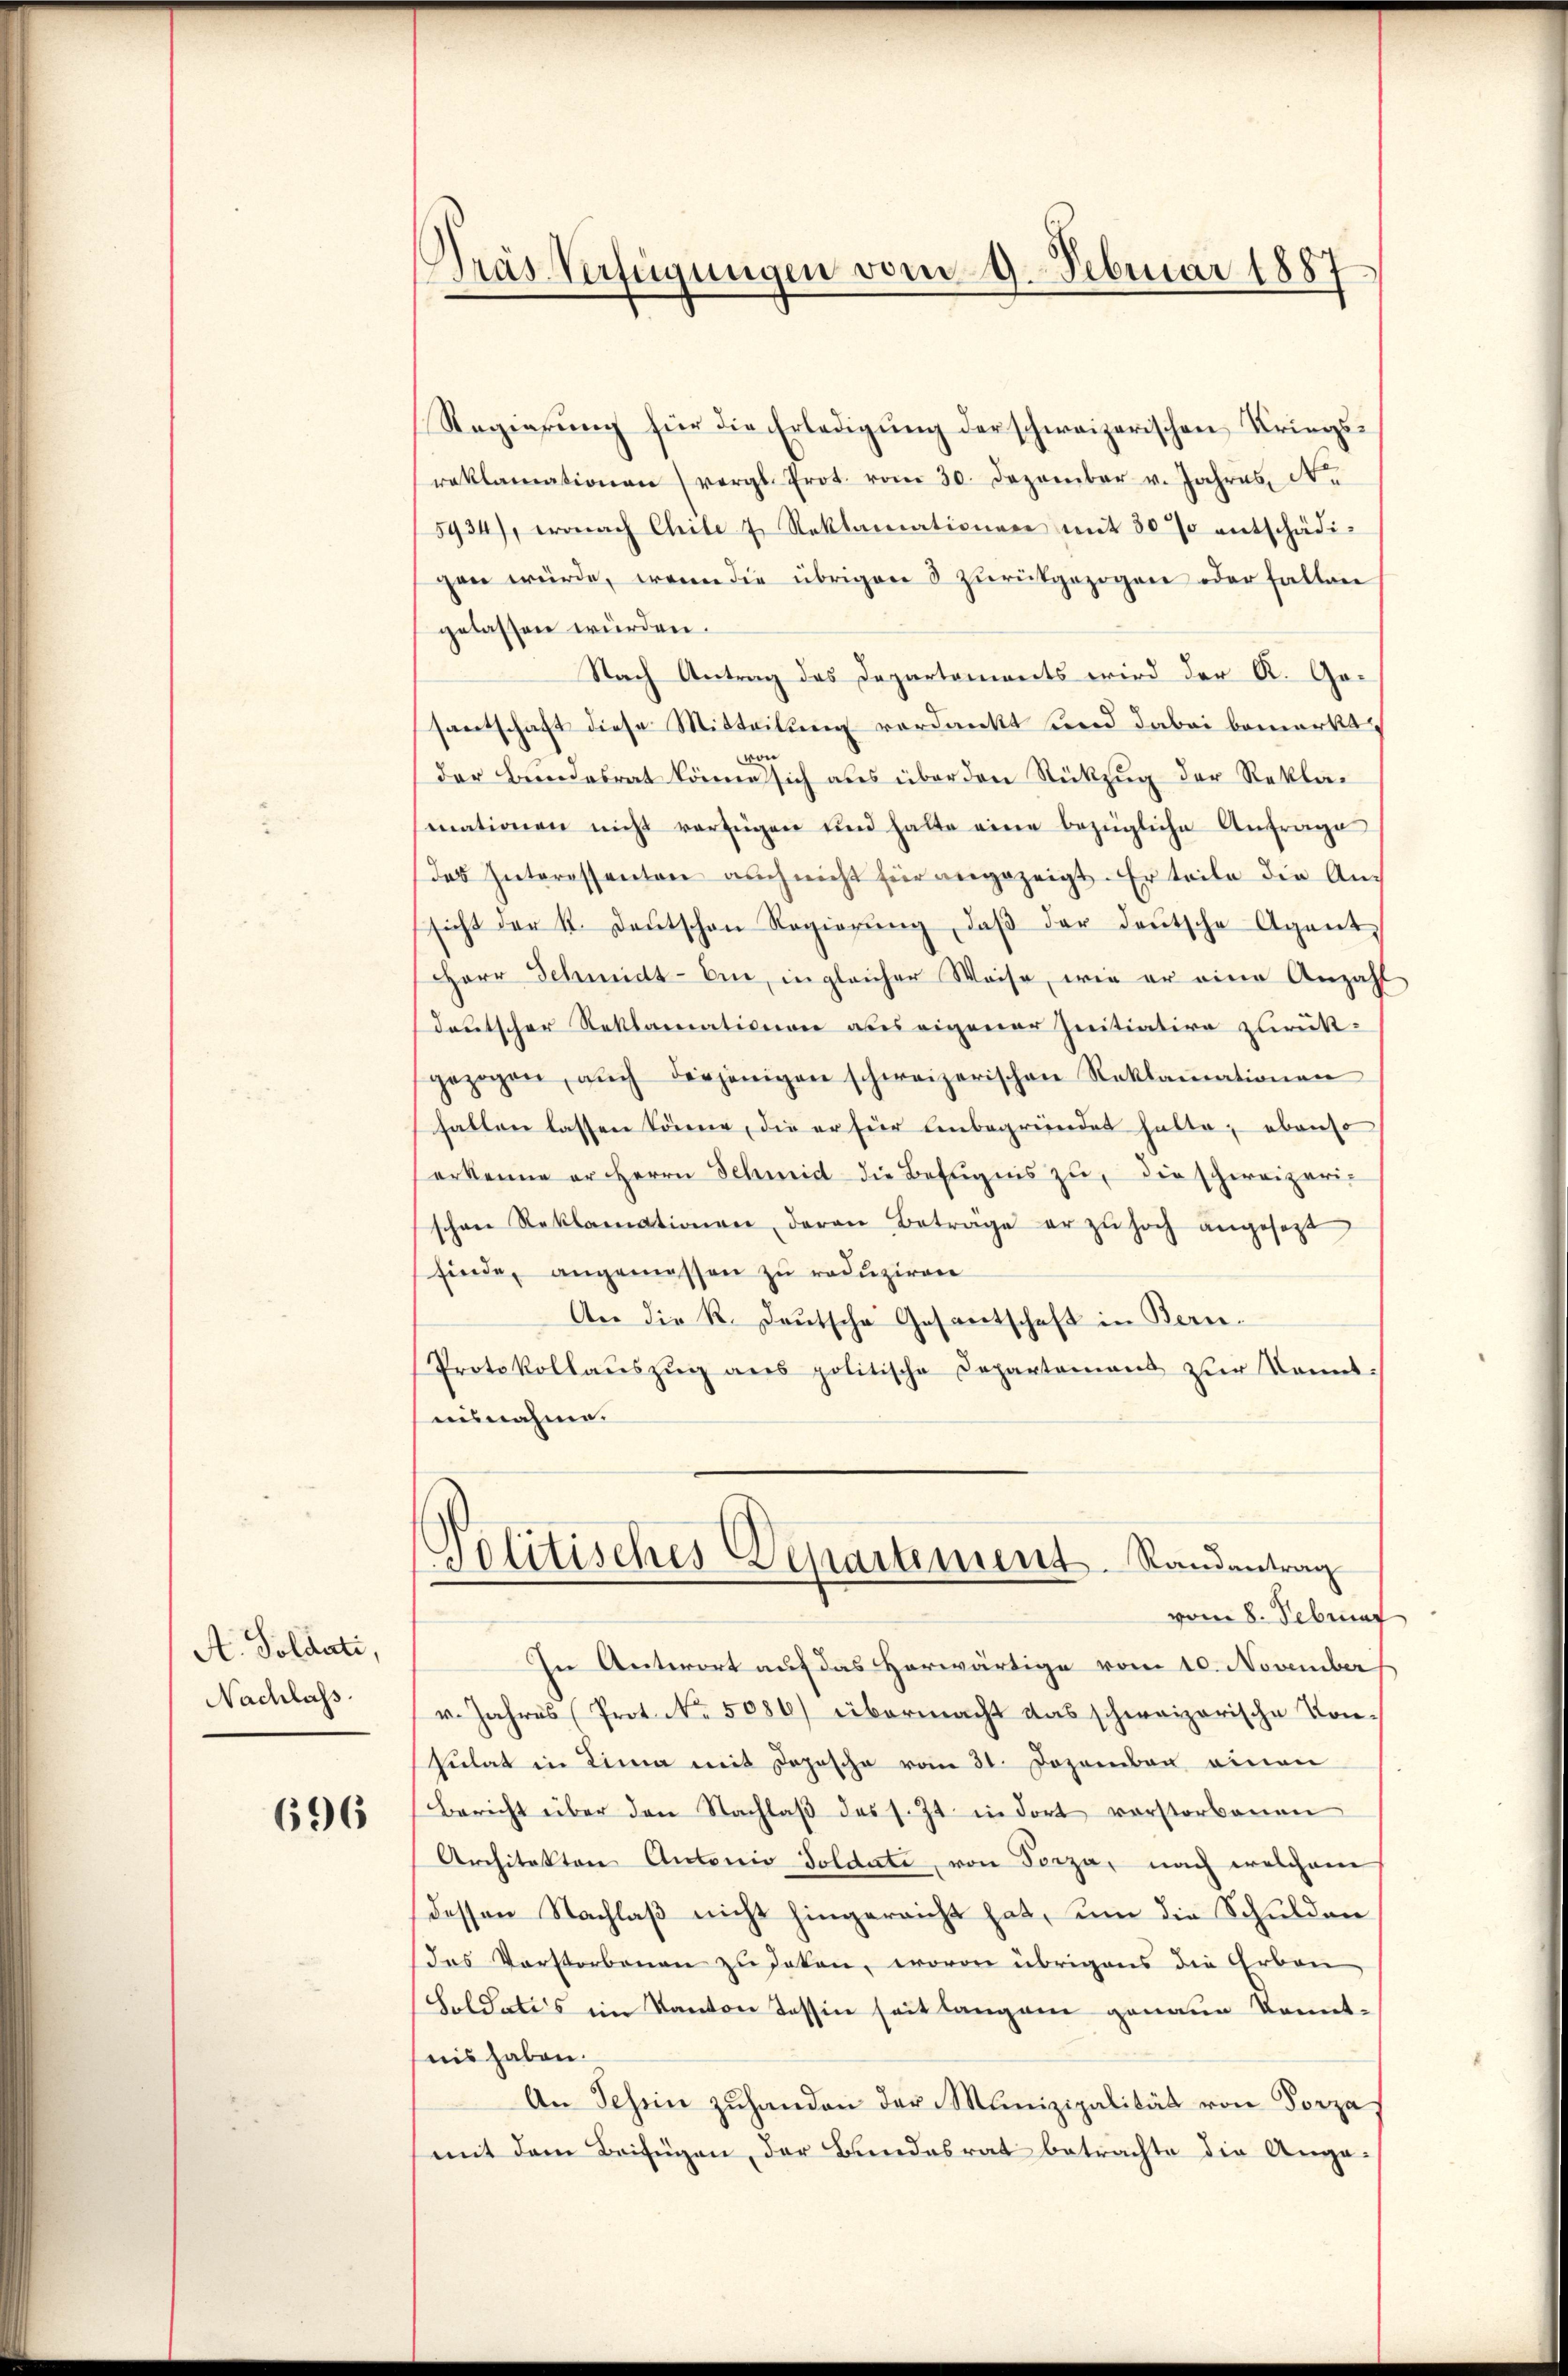
A. Soldati,
Nachlass.

696

Pras Verfügungen vom 9. Februar 1887

Regierŭng für die Erledigŭng der schweizerischen Kriegsreklamationen (vergl. Prot. vom 30. Dezember v. Jahres N.
5934), wonach Chilet Reklamationen mit 30 % entschädi-
gen würde, wenn die übrigen 5 zŭrückgezogen oder fallen
gelassen würden.
Nach Antrag des Departements wird der A. Gesantschaft diese Mitteilung verdankt sind dabei bemerkt
d
der Bundesrat könne sich aus über den Rückzug der Reklamationen nicht verfügen und halte eine bezügliche Anfrage
das Interessanten auch nicht für angezeigt. Er teile die An-
sicht der k. Deutschen Regierŭng, daβ der deŭtsche Agent
Herr Schmidt bin, in gleicher Weise, wie er eine Anzahl
deutscher Reklamationen aus eigener Initiative zurück-
gezogen, aŭch diejenigen schweizerischen Reklamationen
falten lassen könne, die er für unbegründet hatte; ebenso
erkenne er Herrn Schmid die Befugnis zu, die schweizerischon Reklamationen, daran Beträge er zŭ hoch angesezt
finde, angemessen zu reduziren
An die K. Deutsche Gesantschaft in Bern.
Protokollaŭszŭg ans politische Departement zŭr Kenntausnahme.
Politisches Departement-Standentrag
vom 8. Februar
In Antwort auf das Herwärtige vom 10. November
v. Jahres (Prot. No. 5086) übermacht das schweizerische Kon-
sulat in Lina mit Depesche vom 31. Dezember einen
Bericht über den Nachlaβ des s. Zt. in dort vorstorbenen
Architekton Antonio Soldate, von Terza, nach welchem
dessen Nachlaß nicht hingereicht hat, um die Schulden
Das Verstorbenen zu daten, wovon übrigens die Erben
Soldates im Kanton Tessin seit langen genaue konnt-
nis haben.
An Schein zuhanden der Munizipalität von Porza
mit dem Beifügen, der Bundesrat betrachte die Ange¬